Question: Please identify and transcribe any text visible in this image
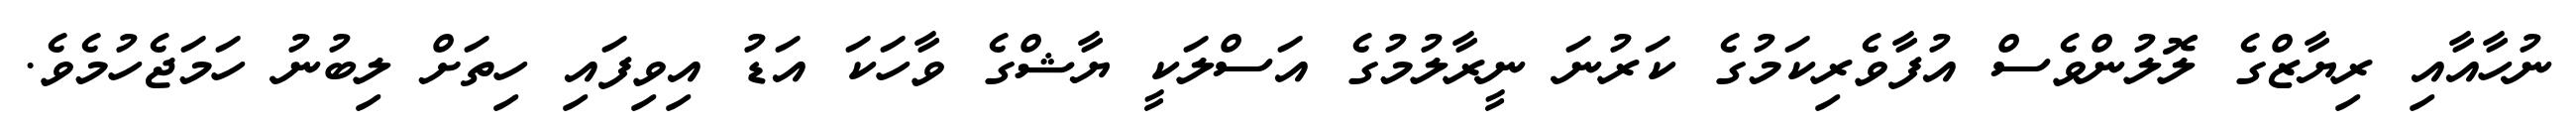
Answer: ނުހާއާއި ރިޔާޒްގެ ލޮލުންވެސް އުފާވެރިކަމުގެ ކަރުނަ ނީރާލުމުގެ އަސްލަކީ ޔާޝްގެ ވާހަކަ އަޑު އިވިފައި ހިތަށް ލިބުނު ހަމަޖެހުމެވެ.